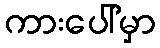
ကားပေါ်မှာ